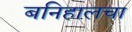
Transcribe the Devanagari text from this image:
बनिहालचा